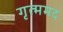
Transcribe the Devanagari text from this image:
गृत्ममद